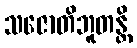
သဇောတိဘူတန္တိ